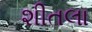
શીતલા